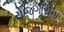
રોજગારીના